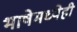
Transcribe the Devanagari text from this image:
भाषेमध्येही